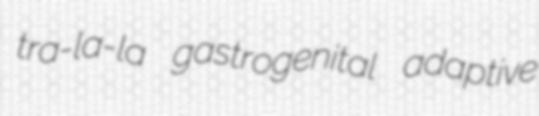
tra-la-la gastrogenital adaptive